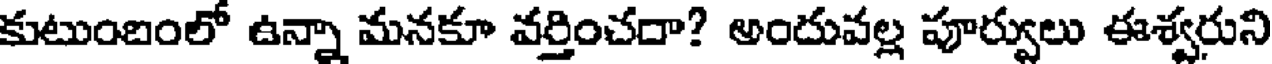
కుటుంబంలో ఉన్నా మనకూ వర్తించదా? అందువల్ల పూర్వులు ఈశ్వరుని